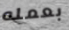
بعمله